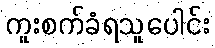
ကူးစက်ခံရသူပေါင်း